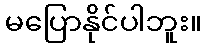
မပြောနိုင်ပါဘူး။